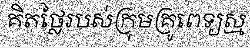
គិតថ្លៃរបស់ក្រុមគ្រូពេទ្យស្ម